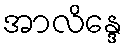
အာလိန္ဒေ